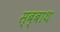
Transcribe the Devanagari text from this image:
स्ब्बाथ